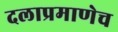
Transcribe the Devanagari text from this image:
दलाप्रमाणेच